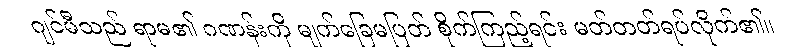
ဂျင်မီသည် ရာမ၏ ဂဏန်းကို မျက်ခြေမပြတ် စိုက်ကြည့်ရင်း မတ်တတ်ရပ်လိုက်၏။